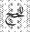
للحج